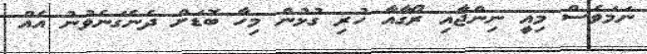
ނަމަވެސް މިއީ ނިންޖާއި ރޯގާއާ ހުރި ގުޅުން މިހާ ބޮޑަށް ދެނެގަނެވުނު އެއް